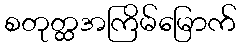
စတုတ္ထအကြိမ်မြောက်